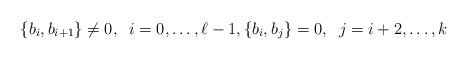
LaTeX: \begin{align*}\{b_i,b_{i+1}\}\neq 0,\;\;i=0,\ldots,\ell-1,\{b_i,b_j\}=0,\;\;j=i+2,\ldots,k\end{align*}